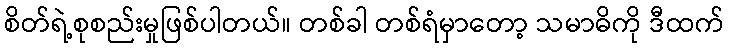
စိတ်ရဲ့စုစည်းမှုဖြစ်ပါတယ်။ တစ်ခါ တစ်ရံမှာတော့ သမာဓိကို ဒီထက်